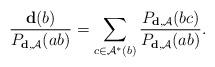
LaTeX: \begin{align*} \frac {\mathbf{d}(b)} {P_{\mathbf{d}, \mathcal{A}} (ab)} = \sum\limits_{c \in \mathcal{A}^*(b)} \frac {P_{\mathbf{d}, \mathcal{A}} (bc)} {P_{\mathbf{d}, \mathcal{A}} (ab)} .\end{align*}